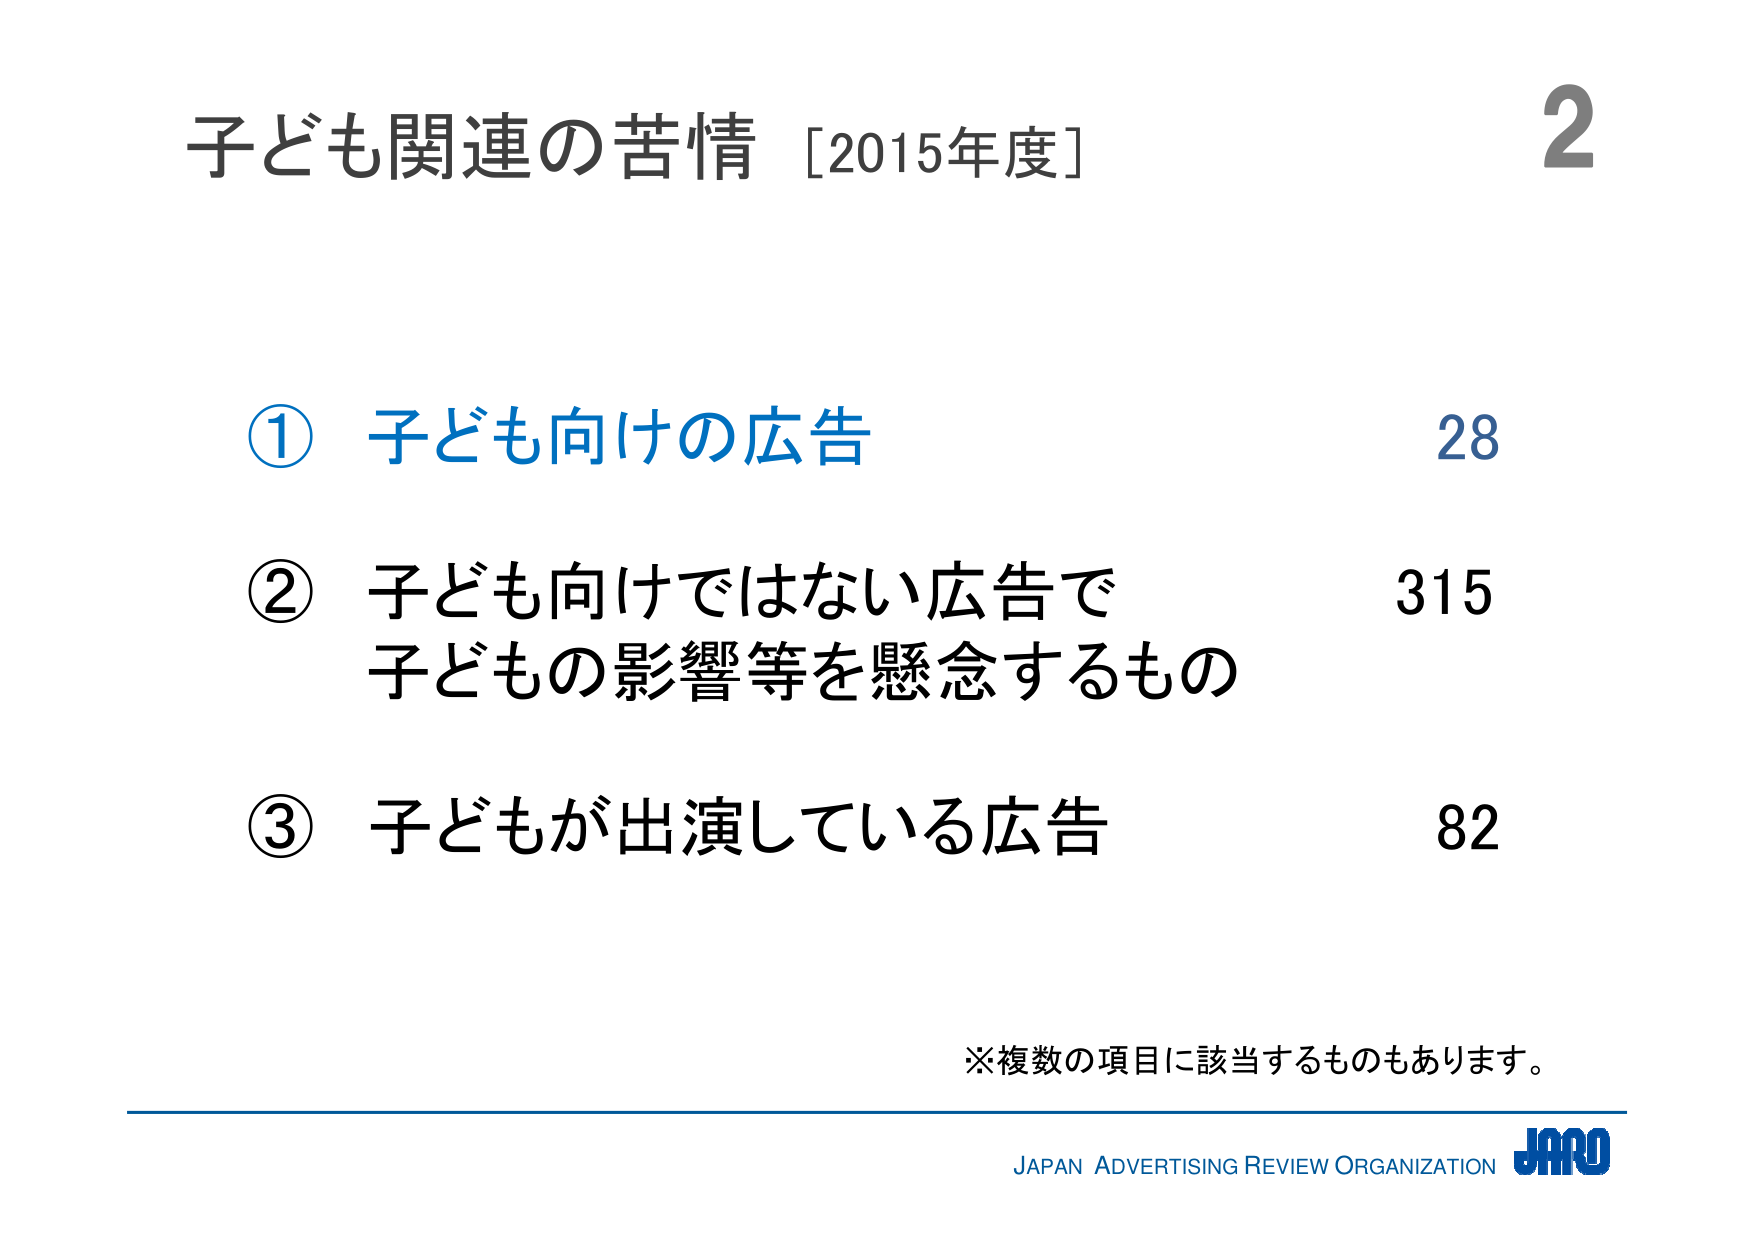
子ども関連の苦情［2015年度］

① 子ども向けの広告 28
② 子ども向けではない広告で
    子どもの影響等を懸念するもの 315
③ 子どもが出演している広告 82

※複数の項目に該当するものもあります。

JAPAN ADVERTISING REVIEW ORGANIZATION JARO